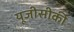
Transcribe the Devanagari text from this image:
यूजीसीकी